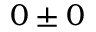
0 \pm 0